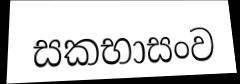
සකභාසංව